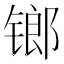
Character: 𨱍